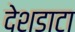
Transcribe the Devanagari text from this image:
देशडाटा